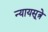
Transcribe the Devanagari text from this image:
न्यायसूत्रे